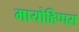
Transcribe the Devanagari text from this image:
मायोहिप्पस